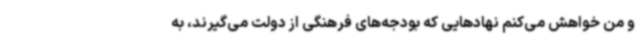
و من خواهش می‌کنم نهادهایی که بودجه‌های فرهنگی از دولت می‌گیرند، به